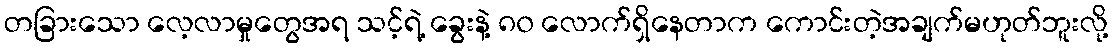
တခြားသော လေ့လာမှုတွေအရ သင့်ရဲ့ ခွေးနဲ့ ၈၀ လောက်ရှိနေတာက ကောင်းတဲ့အချက်မဟုတ်ဘူးလို့